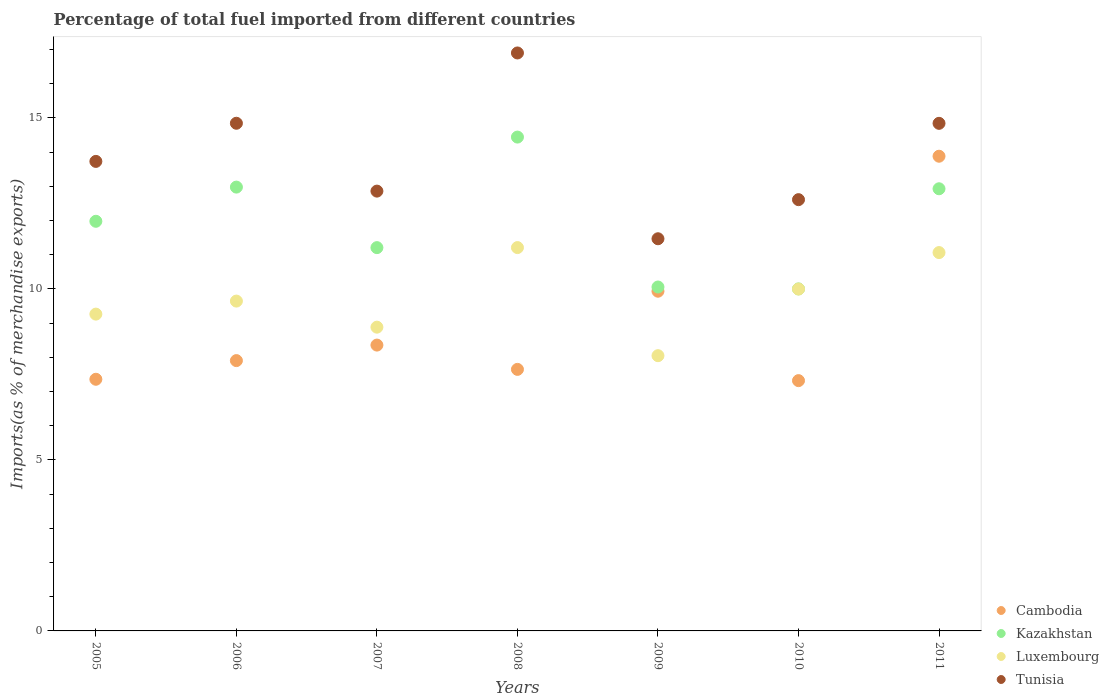
| Years | Cambodia | Kazakhstan | Luxembourg | Tunisia |
 | --- | --- | --- | --- | --- |
 | 2005 | 7.36 | 12 | 9.26 | 13.7 |
 | 2006 | 7.9 | 13 | 9.64 | 14.8 |
 | 2007 | 8.36 | 11.2 | 8.88 | 12.9 |
 | 2008 | 7.65 | 14.4 | 11.2 | 16.9 |
 | 2009 | 9.93 | 10.1 | 8.05 | 11.5 |
 | 2010 | 7.32 | 10 | 10 | 12.6 |
 | 2011 | 13.9 | 12.9 | 11.1 | 14.8 |